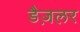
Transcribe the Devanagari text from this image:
डैज़लर